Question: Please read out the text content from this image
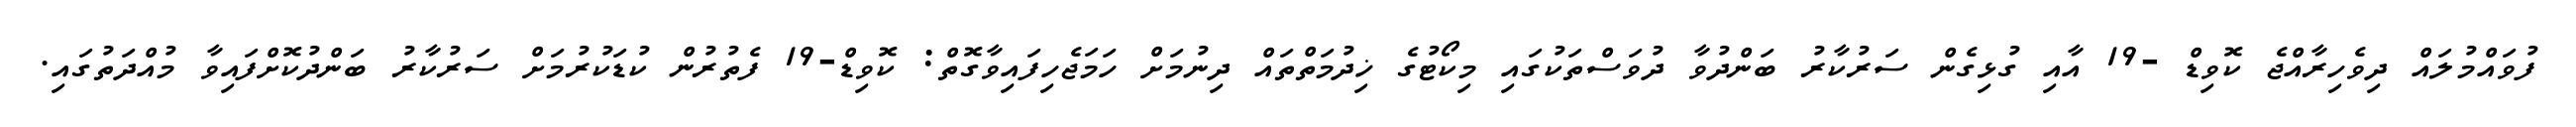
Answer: ފުވައްމުލައް ދިވެހިރާއްޖެ ކޮވިޑް -19 އާއި ގުޅިގެން ސަރުކާރު ބަންދުވާ ދުވަސްތަކުގައި މިކޯޓުގެ ޚިދުމަތްތައް ދިނުމަށް ހަމަޖެހިފައިވާގޮތް: ކޮވިޑް-19 ފެތުރުން ކުޑަކުރުމަށް ސަރުކާރު ބަންދުކޮށްފައިވާ މުއްދަތުގައި.